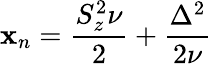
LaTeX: \mathbf{x}_{n}=\frac{{S_{z}^{2}\nu}}{{2}}+\frac{{\Delta^{2}}}{{2\nu}}